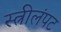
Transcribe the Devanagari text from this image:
स्त्रीलंपट